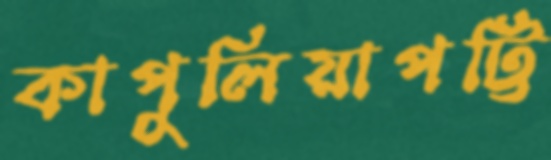
কাপুলিয়াপট্টি